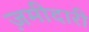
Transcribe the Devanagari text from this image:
ज़मीदारी